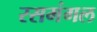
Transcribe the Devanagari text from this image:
रसमंगल